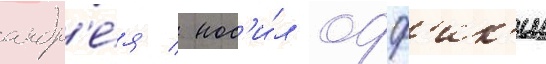
андр'е́я / нос'и́л офф'ик'ии